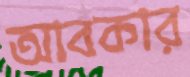
আবকার